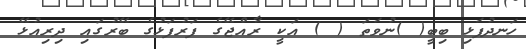
ހަނދުފަޅި ބިބީ( )ނުވަތަ ( ) އަކީ ރާއްޖޭގެ ފަރުފަޅުގެ ބޭރުގައި ދިރިއުޅޭ